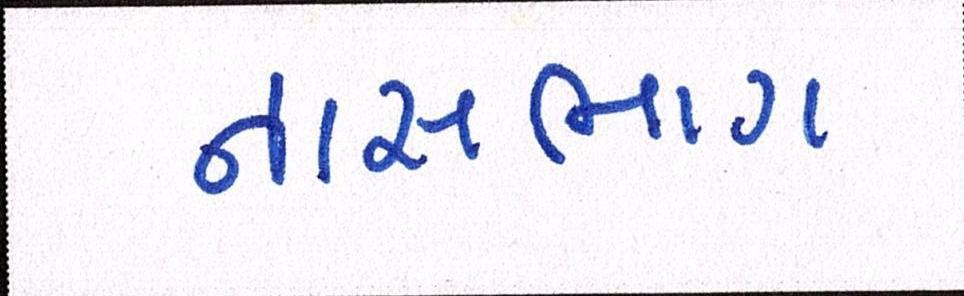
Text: નાસભાગ